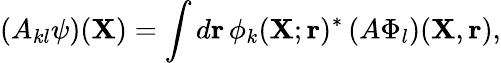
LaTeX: (A_{kl}\psi)({\mathbf{X}})=\int d{\mathbf{r}}\, \phi_{k}({\mathbf{X}};{\mathbf{r}})^{*}\, (A\Phi_{l})({\mathbf{X}},{\mathbf{r}}),